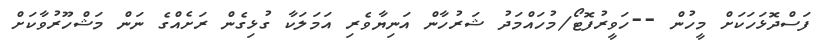
ފަސްދޮޅަހަކަށް މީހުން --ހަވީރުފޮޓޯ/މުހައްމަދު ޝަރުހާން އަނިޔާވެރި އަމަލަކާ ގުޅިގެން ރަށެއްގެ ނަން މަޝްހޫރުވާކަށް